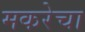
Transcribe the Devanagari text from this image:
मकरेचा